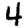
Digit: 4